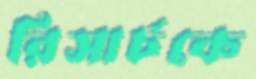
রিসার্চকে